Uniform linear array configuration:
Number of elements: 32
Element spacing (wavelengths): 0.75
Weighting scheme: blackman
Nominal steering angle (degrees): -30
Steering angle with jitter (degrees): -28.178
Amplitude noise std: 0.05
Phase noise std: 0.05

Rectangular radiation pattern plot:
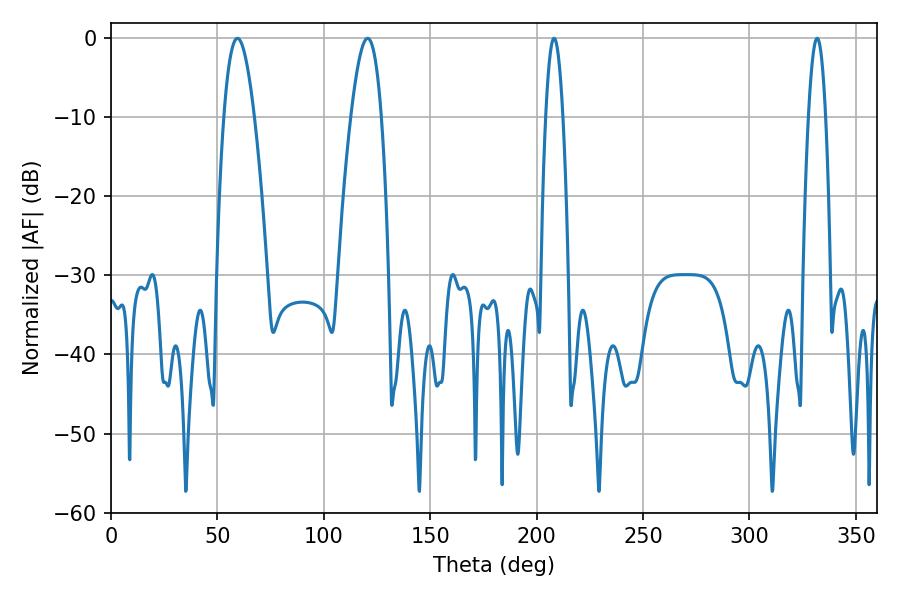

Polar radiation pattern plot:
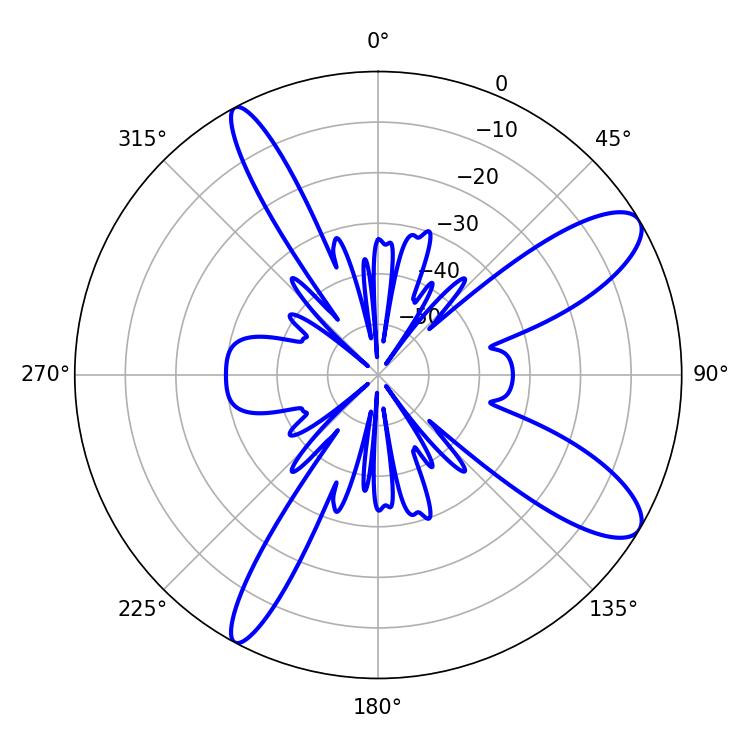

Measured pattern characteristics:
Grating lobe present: TRUE
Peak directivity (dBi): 10.573
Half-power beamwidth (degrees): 7.74
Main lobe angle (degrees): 59.4